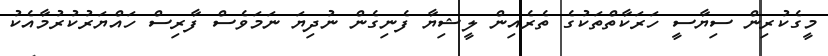
މީގެކުރިން ސިޔާސީ ހަރަކާތްތަކުގެ ތެރެއިން ލީޝިޔާ ފެނިގެން ނުދިޔަ ނަމަވެސް ފާރިސް ހައްޔަރުކުރުމާއެކު